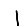
Digit: 1